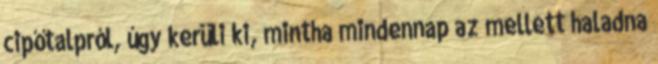
cipőtalpról, úgy kerüli ki, mintha mindennap az mellett haladna